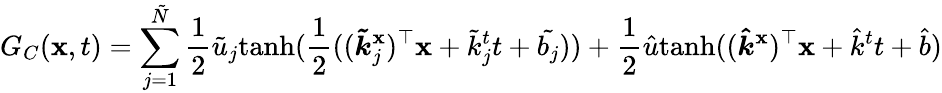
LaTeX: G_{C}(\boldsymbol{\mathbf{x}},t)=\sum_{j=1}^{\tilde{{N}}}\frac{{1}}{{2}}\tilde{{u}}_{j}\mathrm{{tanh}}(\frac{{1}}{{2}}((\boldsymbol{\tilde{{k}}}_{j}^{\mathbf{x}})^{\top}\boldsymbol{\mathbf{x}}+\tilde{{k}}_{j}^{t}t+\tilde{{b_{j}}}))+\frac{{1}}{{2}}\hat{{u}}\mathrm{{tanh}}((\boldsymbol{\hat{{k}}}^{\mathbf{x}})^{\top}\boldsymbol{\mathbf{x}}+\hat{{k}}^{t}t+\hat{{b}})